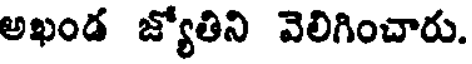
అఖండ జ్యోతిని వెలిగించారు.